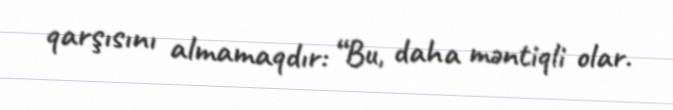
qarşısını almamaqdır: “Bu, daha məntiqli olar.